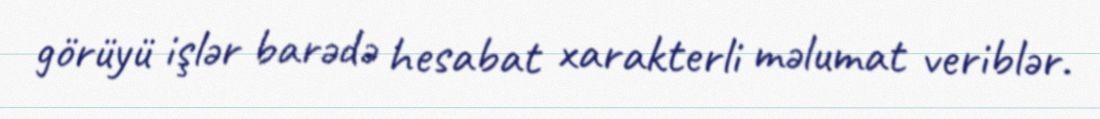
görüyü işlər barədə hesabat xarakterli məlumat veriblər.